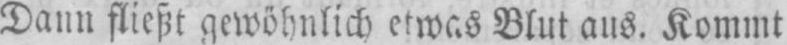
Dann fließt gewöhnlich etwas Blut aus. Kommt